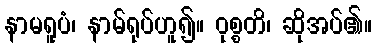
နာမရူပံ၊ နာမ်ရုပ်ဟူ၍။ ဝုစ္စတိ၊ ဆိုအပ်၏။